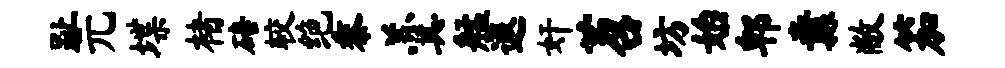
趾元堞楮碚较绝黍羹艋遐奸苕坊始郫纛敝笳